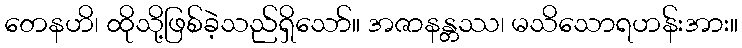
တေနဟိ၊ ထိုသို့ဖြစ်ခဲ့သည်ရှိသော်။ အဇာနန္တဿ၊ မသိသောရဟန်းအား။